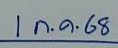
1 ก.ค. 68